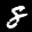
Label: 8